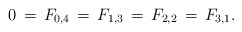
\begin{align*}0\,=\,F_{0,4}\,=\,F_{1,3}\,=\,F_{2,2}\,=\,F_{3,1}.\end{align*}